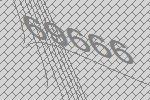
69666